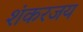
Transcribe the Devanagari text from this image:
शंकरजय